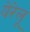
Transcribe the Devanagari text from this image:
येरेलू